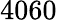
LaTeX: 4060